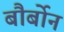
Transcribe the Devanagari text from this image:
बौर्बोन